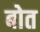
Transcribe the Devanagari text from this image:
बोत